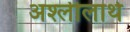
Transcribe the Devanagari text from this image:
अश्लीलार्थ